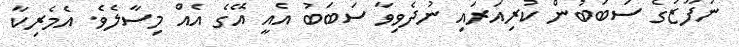
ނުފޫޒުގެ ސަބަބުން ކުރިއަރައި ނުދެވިވާ ސަބަބު އެއީ އޭގެ އެއް މިސާލެވެ. އެމެރިކާ